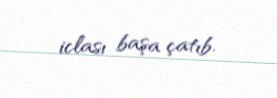
iclası başa çatıb.